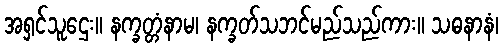
အရှင်သူဌေး။ နက္ခတ္တံနာမ၊ နက္ခတ်သဘင်မည်သည်ကား။ သဓနာနံ၊